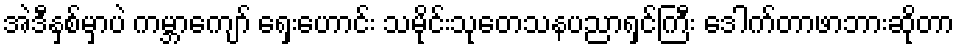
အဲဒီနှစ်မှာပဲ ကမ္ဘာကျော် ရှေးဟောင်း သမိုင်းသုတေသနပညာရှင်ကြီး ဒေါက်တာဖာဘားဆိုတာ